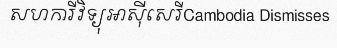
សហការីវិទ្យុអាស៊ីសេរីCambodia Dismisses